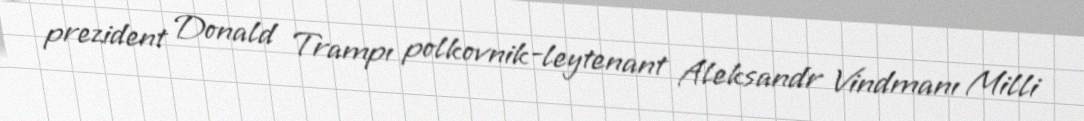
prezident Donald Trampı polkovnik-leytenant Aleksandr Vindmanı Milli